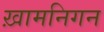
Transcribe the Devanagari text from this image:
ख़ामनिगन